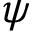
\psi